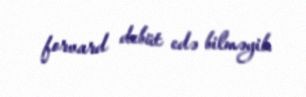
forvard debüt edə bilməyib.